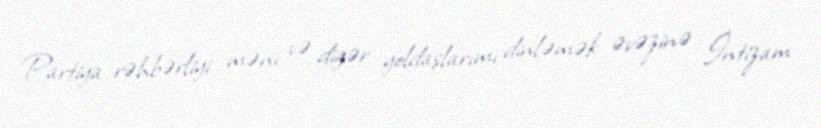
Partiya rəhbərliyi məni və digər yoldaşlarımı dinləmək əvəzinə İntizam